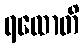
ရထောတိ